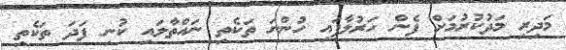
މަދިރި މަދުކުރުމަށް ފެން ހަރުލާފައި ހުންނަ ތަކެތި ނައްތާލައި ކުނި ފަދަ ތަކެތި